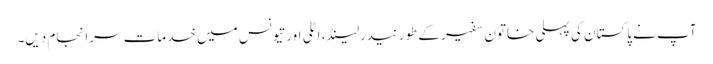
آپ نے پاکستان کی پہلی خاتون سفیر کے طور نیدرلینڈ، اٹلی اور تیونس میں خدمات سرانجام دیں۔